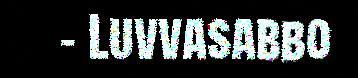
– Luvvasabbo